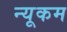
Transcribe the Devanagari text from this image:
न्यूकम